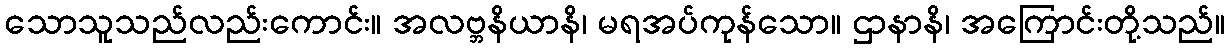
သောသူသည်လည်းကောင်း။ အလဗ္ဘနိယာနိ၊ မရအပ်ကုန်သော။ ဌာနာနိ၊ အကြောင်းတို့သည်။